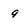
Character: 9